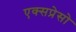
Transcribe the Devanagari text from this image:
एक्सप्रेसो